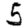
Digit: 5